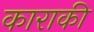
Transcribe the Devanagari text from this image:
काराकी